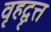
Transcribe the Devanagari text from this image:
वृहद्वृत्त